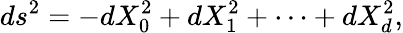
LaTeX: ds^{2}=-dX_{0}^{2}+dX_{1}^{2}+\cdots+dX_{d}^{2},